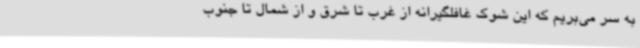
به سر می‌بریم که این شوک غافلگیرانه از غرب تا شرق و از شمال تا جنوب